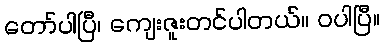
တော်ပါပြီ၊ ကျေးဇူးတင်ပါတယ်။ ဝပါပြီ။